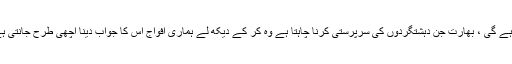
آخری دہشت گرد کے خاتمہ تک جنگ جاری رہے گی ، بھارت جن دہشتگردوں کی سرپرستی کرنا چاہتا ہے وہ کر کے دیکھ لے ہماری افواج اس کا جواب دینا اچھی طرح جانتی ہے کیونکہ ان میں لڑنے کی ہمت اور طاقت ہے۔